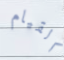
القيام